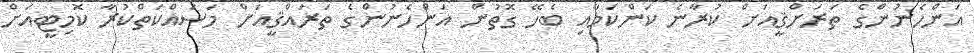
އަންހެނުންގެ ތަރަށްޤީއަށް ކުރާނެ ކަންކަމާއި ބެހޭ ގޮތުން އަންހެނުންގެ ތަރައްޤީއަށް މަސައްކަތްކުރާ ކޮމިޓީއަށް